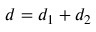
d = { d _ { 1 } + d _ { 2 } }